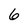
Character: 6